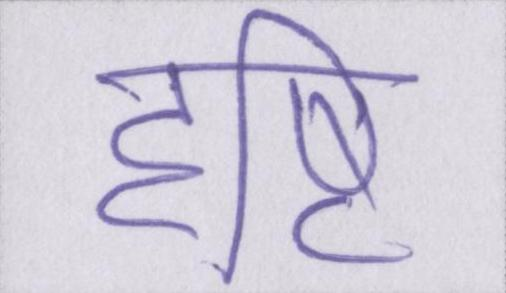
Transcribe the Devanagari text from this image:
दृष्टि